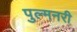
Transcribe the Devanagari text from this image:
पुल्मनरी